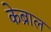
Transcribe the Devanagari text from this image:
केब्राल